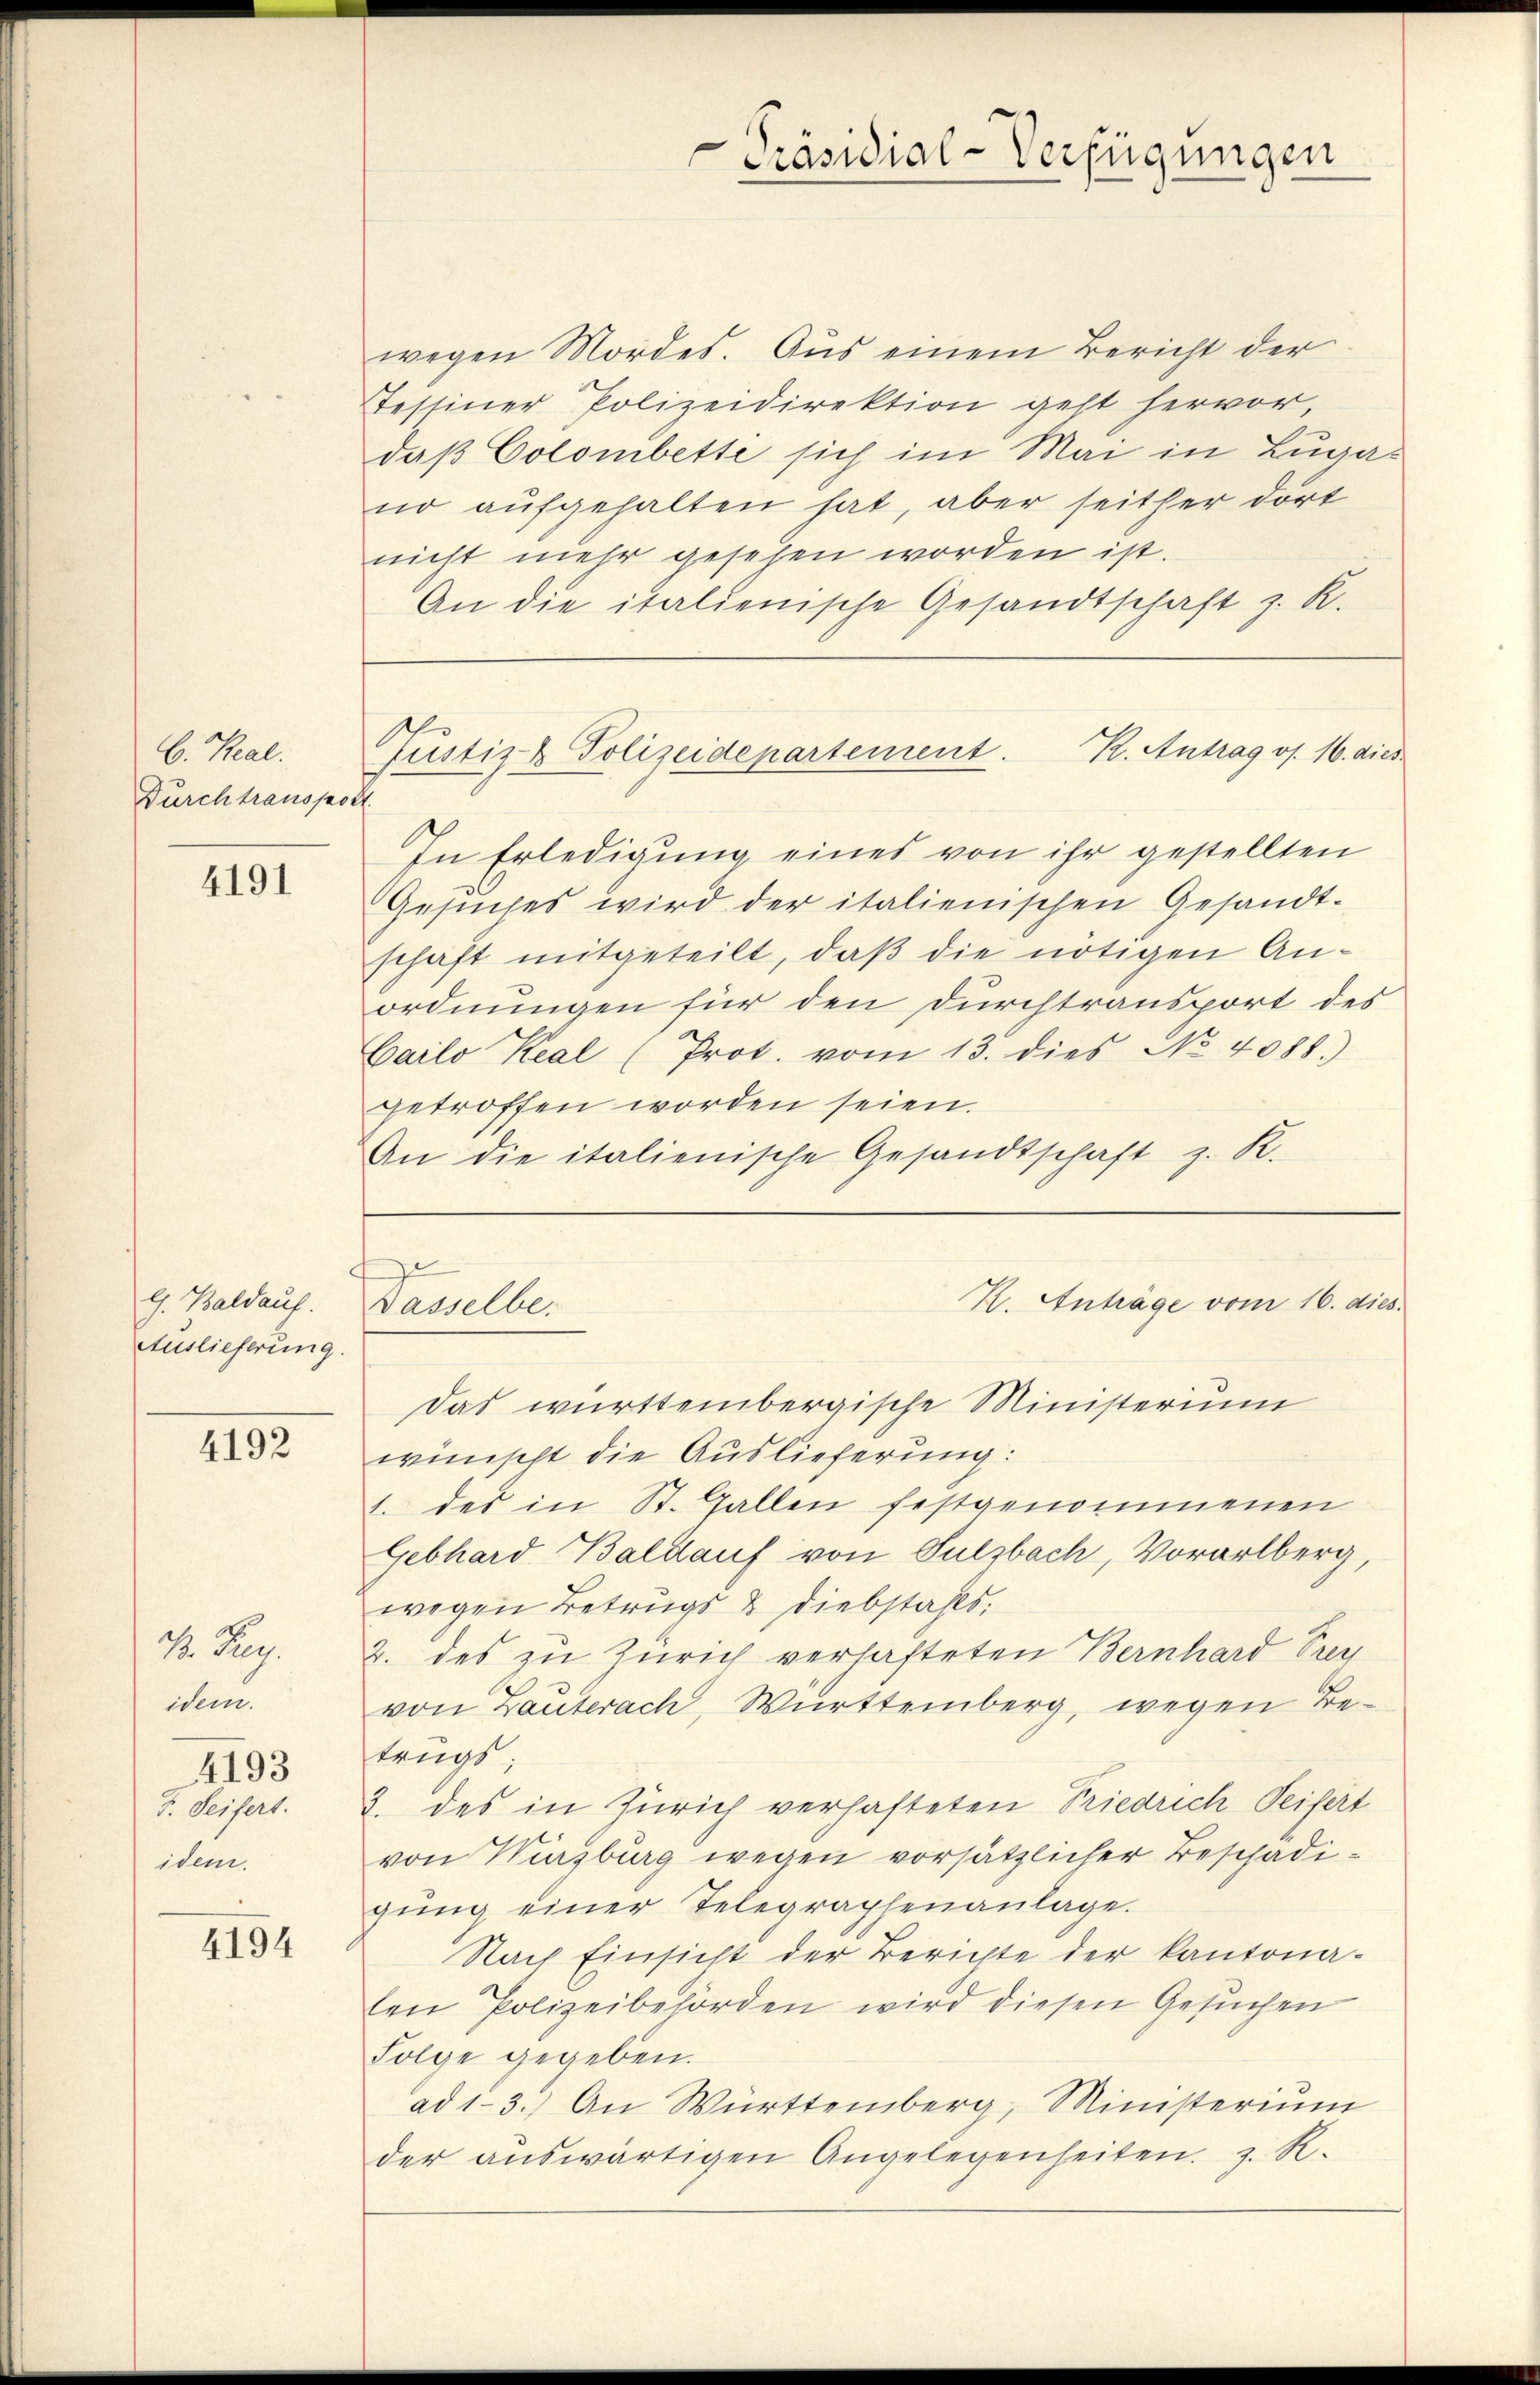
C. Real.
Durchtranspor

4191

l. Baldauf.
Auslieferung.

4192

2. Reg.
idem

F. Seifert.
idem.

4193

4194

Präsidial-Verfügungen

Justiz- & Polizeidepartement. R. Antrag os. 16. dies

wegen Mordes. Aus einem Bericht der
Testiner Polizeidirektion geht hervor,
daß Colombette sich im Mai in Luga
no aufgehalten hat, aber seither dort
nicht mehr gesehen worden ist.
An die italienische Gesandtschaft z. K.
In Erledigung eines von ihr gestellten
Gesuches wird der italienischen Gesandt-
schaft mitgeteilt, daß die nötigen Anordnungen für den Durchtransport des
Cailo Keal (Prot. vom 13. dies No 4088.)
getroffen worden seien.
An die italienische Gesandtschaft z. R.
K. Anträge vom 16. dies
Dasselbe.
Das württembergische Ministerium
wünscht die Auslieferung:
1. des in St. Gallen festgenommenen
Gebhard Baldauf von Sulzbach, Vorarlberg,
wegen Betrugs & Diebstahls.
2. des zu Zürich verhafteten Bernhard Sieg
von Bauterach, Württemberg, wegen Betrugs,
2. des in Zürich verhafteten Riedrich Seifert
von Wisburg wegen vorsätzlicher Beschädigŭng einer Telegraphenanlage.
Nach Einsicht der Berichte der kantonalen Polizeibehörden wird diesen Gesuchen
Folge gegeben.
ad 1-3.) An Württemberg, Ministerium
der aŭswärtigen Angelegenheiten. z. R.